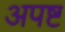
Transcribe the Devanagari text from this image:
अपष्ट